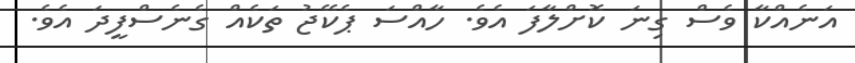
އަނެއްކާ ވެސް ގިނަ ކޮށްލާފަ އެވެ. ހާއްސަ ޕެކޭޖު ތަކެއް ގެނެސްފީދަ އެވެ.